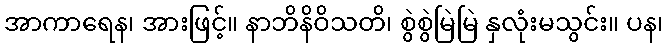
အာကာရေန၊ အားဖြင့်။ နာဘိနိဝိသတိ၊ စွဲစွဲမြဲမြဲ နှလုံးမသွင်း။ ပန၊